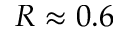
R \approx 0 . 6